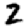
Digit: 2